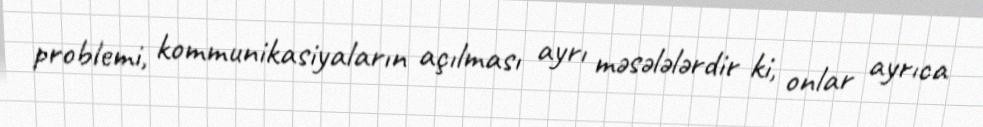
problemi, kommunikasiyaların açılması ayrı məsələlərdir ki, onlar ayrıca